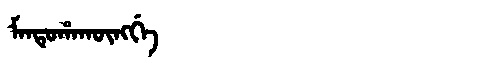
Manchu: ᠮᠠᠨᡨᡠᡥᠠᡴᡡᠩᡤᡝ
Romanization: MANTUHAKŪNGGE